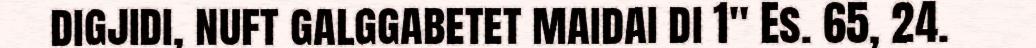
digjidi, nuft galggabetet maidai di 1" Es. 65, 24.